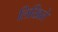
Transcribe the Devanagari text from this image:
लिखिते